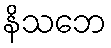
နိသဘေ